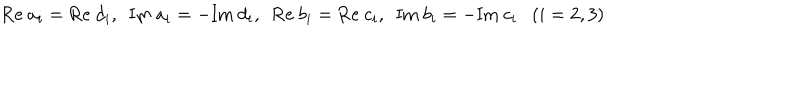
\mathrm { R e } ~ a _ { i } = \mathrm { R e } ~ d _ { i } , ~ ~ \mathrm { I m } ~ a _ { i } = - \mathrm { I m } ~ d _ { i } , ~ ~ \mathrm { R e } ~ b _ { i } = \mathrm { R e } ~ c _ { i } , ~ ~ \mathrm { I m } ~ b _ { i } = - \mathrm { I m } ~ c _ { i } ( i = 2 , 3 )